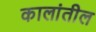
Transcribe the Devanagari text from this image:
कालांतील